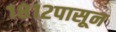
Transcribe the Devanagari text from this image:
१८१२पासून